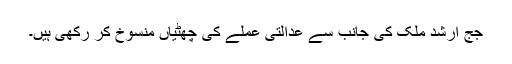
جج ارشد ملک کی جانب سے عدالتی عملے کی چھٹیاں منسوخ کر رکھی ہیں۔